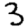
Digit: 3